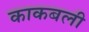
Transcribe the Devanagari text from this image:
काकबली